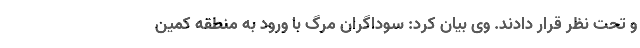
و تحت نظر قرار دادند. وی بیان کرد: سوداگران مرگ با ورود به منطقه کمین